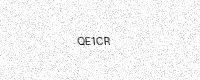
Text: QE1CR